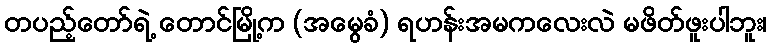
တပည့်တော်ရဲ့ တောင်မြို့က (အမွေခံ) ရဟန်းအမကလေးလဲ မဖိတ်ဖူးပါဘူး၊